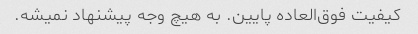
کیفیت فوق‌العاده پایین. به هیچ وجه پیشنهاد نمیشه.